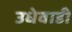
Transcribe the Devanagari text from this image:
उधेवाडी